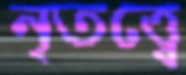
নৃতত্ত্বে